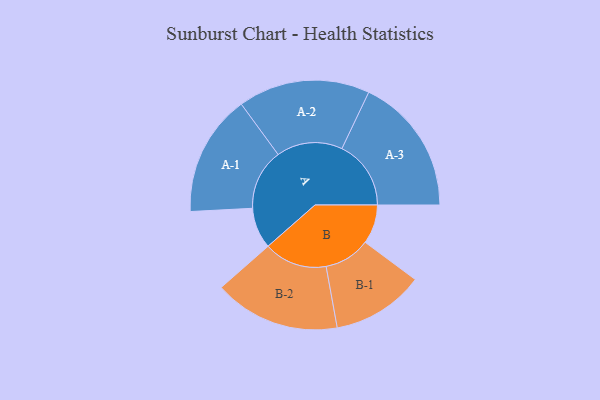
{"axis": {"x": "Segment", "y": "Value"}, "legend": ["", "A", "B"], "data": [{"x": "A", "y": 159, "type": ""}, {"x": "B", "y": 152, "type": ""}, {"x": "A-1", "y": 236, "type": "A"}, {"x": "A-2", "y": 256, "type": "A"}, {"x": "A-3", "y": 268, "type": "A"}, {"x": "B-1", "y": 179, "type": "B"}, {"x": "B-2", "y": 245, "type": "B"}]}